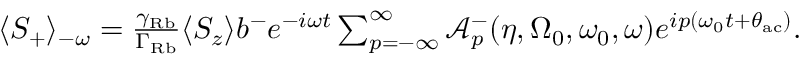
\begin{array} { r } { \langle S _ { + } \rangle _ { - \omega } = \frac { \gamma _ { \mathrm { R b } } } { \Gamma _ { \mathrm { R b } } } \langle S _ { z } \rangle b ^ { - } e ^ { - i \omega t } \sum _ { p = - \infty } ^ { \infty } \mathcal { A } _ { p } ^ { - } ( \eta , \Omega _ { 0 } , \omega _ { 0 } , \omega ) e ^ { i p ( \omega _ { 0 } t + \theta _ { \mathrm { a c } } ) } . } \end{array}